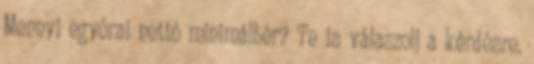
Mennyi egyórai nettó minimálbér? Te is válaszolj a kérdésre.